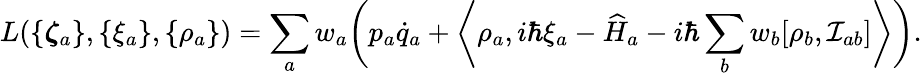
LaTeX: L(\{ {\boldsymbol{\zeta}}_{a}\} ,\{ \xi_{a}\} ,\{ \rho_{a}\} )=\sum_{a}w_{a}\bigg(p_{a}\dot{q}_{a}+\bigg\langle\rho_{a},i\hbar\xi_{a}-{\widehat{H}}_{a}-i\hbar\sum_{b}w_{b}[{\rho}_{b},{\cal I}_{ab}]\bigg\rangle\bigg).